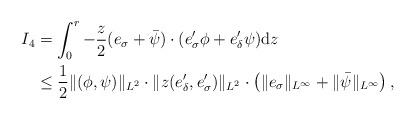
LaTeX: \begin{align*} I_4&=\int_0^r -\frac{z}{2}(e_\sigma+\bar\psi)\cdot (e'_\sigma \phi +e'_\delta \psi){\rm{d}}z\\ &\leq \frac{1}{2}\Vert (\phi,\psi)\Vert_{L^2}\cdot \Vert z(e'_\delta,e'_\sigma)\Vert_{L^2}\cdot \left(\Vert e_\sigma\Vert_{L^\infty}+\Vert \bar\psi\Vert_{L^\infty}\right),\end{align*}